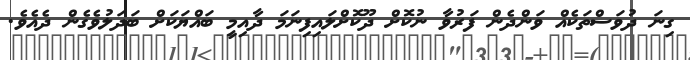
ގިނަ ދުވަސްތަކެއް ވަންދެން ފަރުވާ ނުކޮށް ދޫކޮށްލައިފިނަމަ ދާއިމީ ބައްޔަކަށް ބަދަލުވެގެން ދެއެވެ.